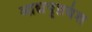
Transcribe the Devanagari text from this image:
आद्यपृष्ठवंश